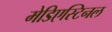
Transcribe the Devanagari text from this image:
मेडिएस्टिनल